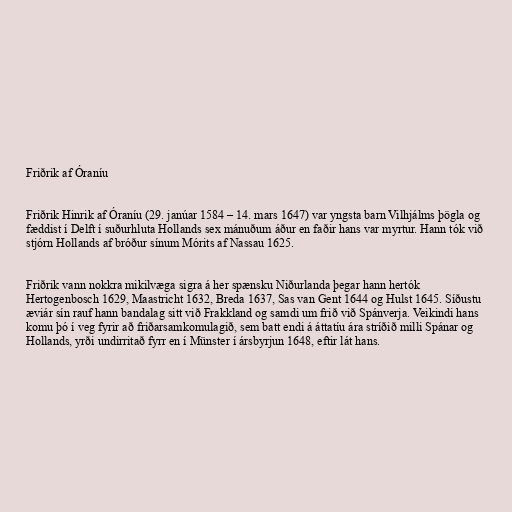
Friðrik af Óraníu

Friðrik Hinrik af Óraníu (29. janúar 1584 – 14. mars 1647) var yngsta barn Vilhjálms þögla og
fæddist í Delft í suðurhluta Hollands sex mánuðum áður en faðir hans var myrtur. Hann tók við
stjórn Hollands af bróður sínum Mórits af Nassau 1625.

Friðrik vann nokkra mikilvæga sigra á her spænsku Niðurlanda þegar hann hertók
Hertogenbosch 1629, Maastricht 1632, Breda 1637, Sas van Gent 1644 og Hulst 1645. Síðustu
æviár sín rauf hann bandalag sitt við Frakkland og samdi um frið við Spánverja. Veikindi hans
komu þó í veg fyrir að friðarsamkomulagið, sem batt endi á áttatíu ára stríðið milli Spánar og
Hollands, yrði undirritað fyrr en í Münster í ársbyrjun 1648, eftir lát hans.